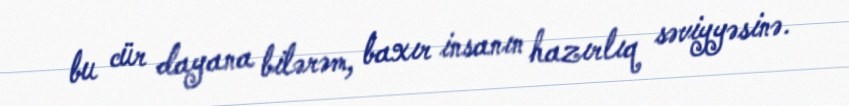
bu cür dayana bilərəm, baxır insanın hazırlıq səviyyəsinə.